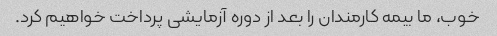
خوب، ما بیمه کارمندان را بعد از دوره آزمایشی پرداخت خواهیم کرد.